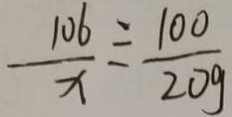
\frac { 1 0 6 } { x } = \frac { 1 0 0 } { 2 0 g }